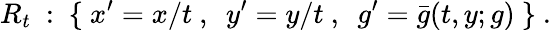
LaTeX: R_{t}~:~\{ ~x^{\prime}=x/t~,~~y^{\prime}=y/t~,~~g^{\prime}=\bar{g}(t,y;g)~\} ~.